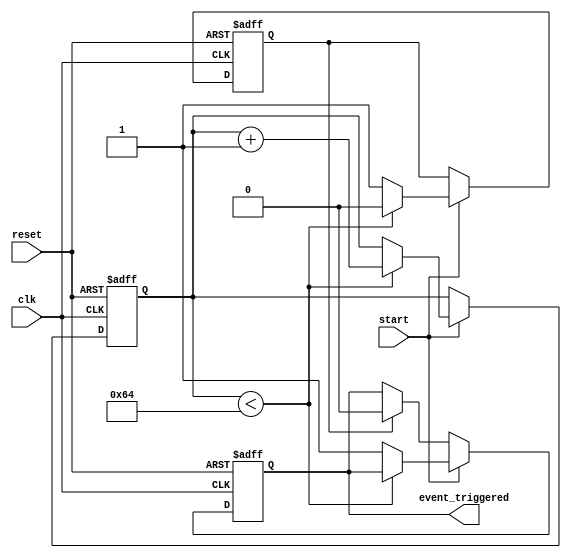
module TimerControlledEvent (
    input wire clk,          // Clock signal
    input wire reset,        // Asynchronous reset signal
    input wire start,        // Control signal to initiate the timer
    output reg event_triggered // Signal indicating when the event has been triggered
);

    parameter THRESHOLD = 100; // Define the threshold value for timer (adjust as needed)
    
    reg [7:0] timer_count;     // Timer count (8 bits for counting)
    reg timer_expired;         // Flag to indicate when the timer has expired

    // Asynchronous reset and event logic
    always @(posedge clk or posedge reset) begin
        if (reset) begin
            timer_count <= 0;          // Reset timer count
            event_triggered <= 0;      // Deactivate event trigger
            timer_expired <= 0;        // Deactivate timer expired flag
        end else begin
            if (start) begin
                if (timer_count < THRESHOLD) begin
                    timer_count <= timer_count + 1; // Increment timer count
                    timer_expired <= 0;              // Timer is not expired
                end else begin
                    timer_expired <= 1;               // Timer has expired
                    event_triggered <= 1;             // Trigger the event
                end
            end else begin
                if (timer_expired) begin
                    event_triggered <= 0; // Reset event trigger after it has been triggered
                end
            end
        end
    end

endmodule